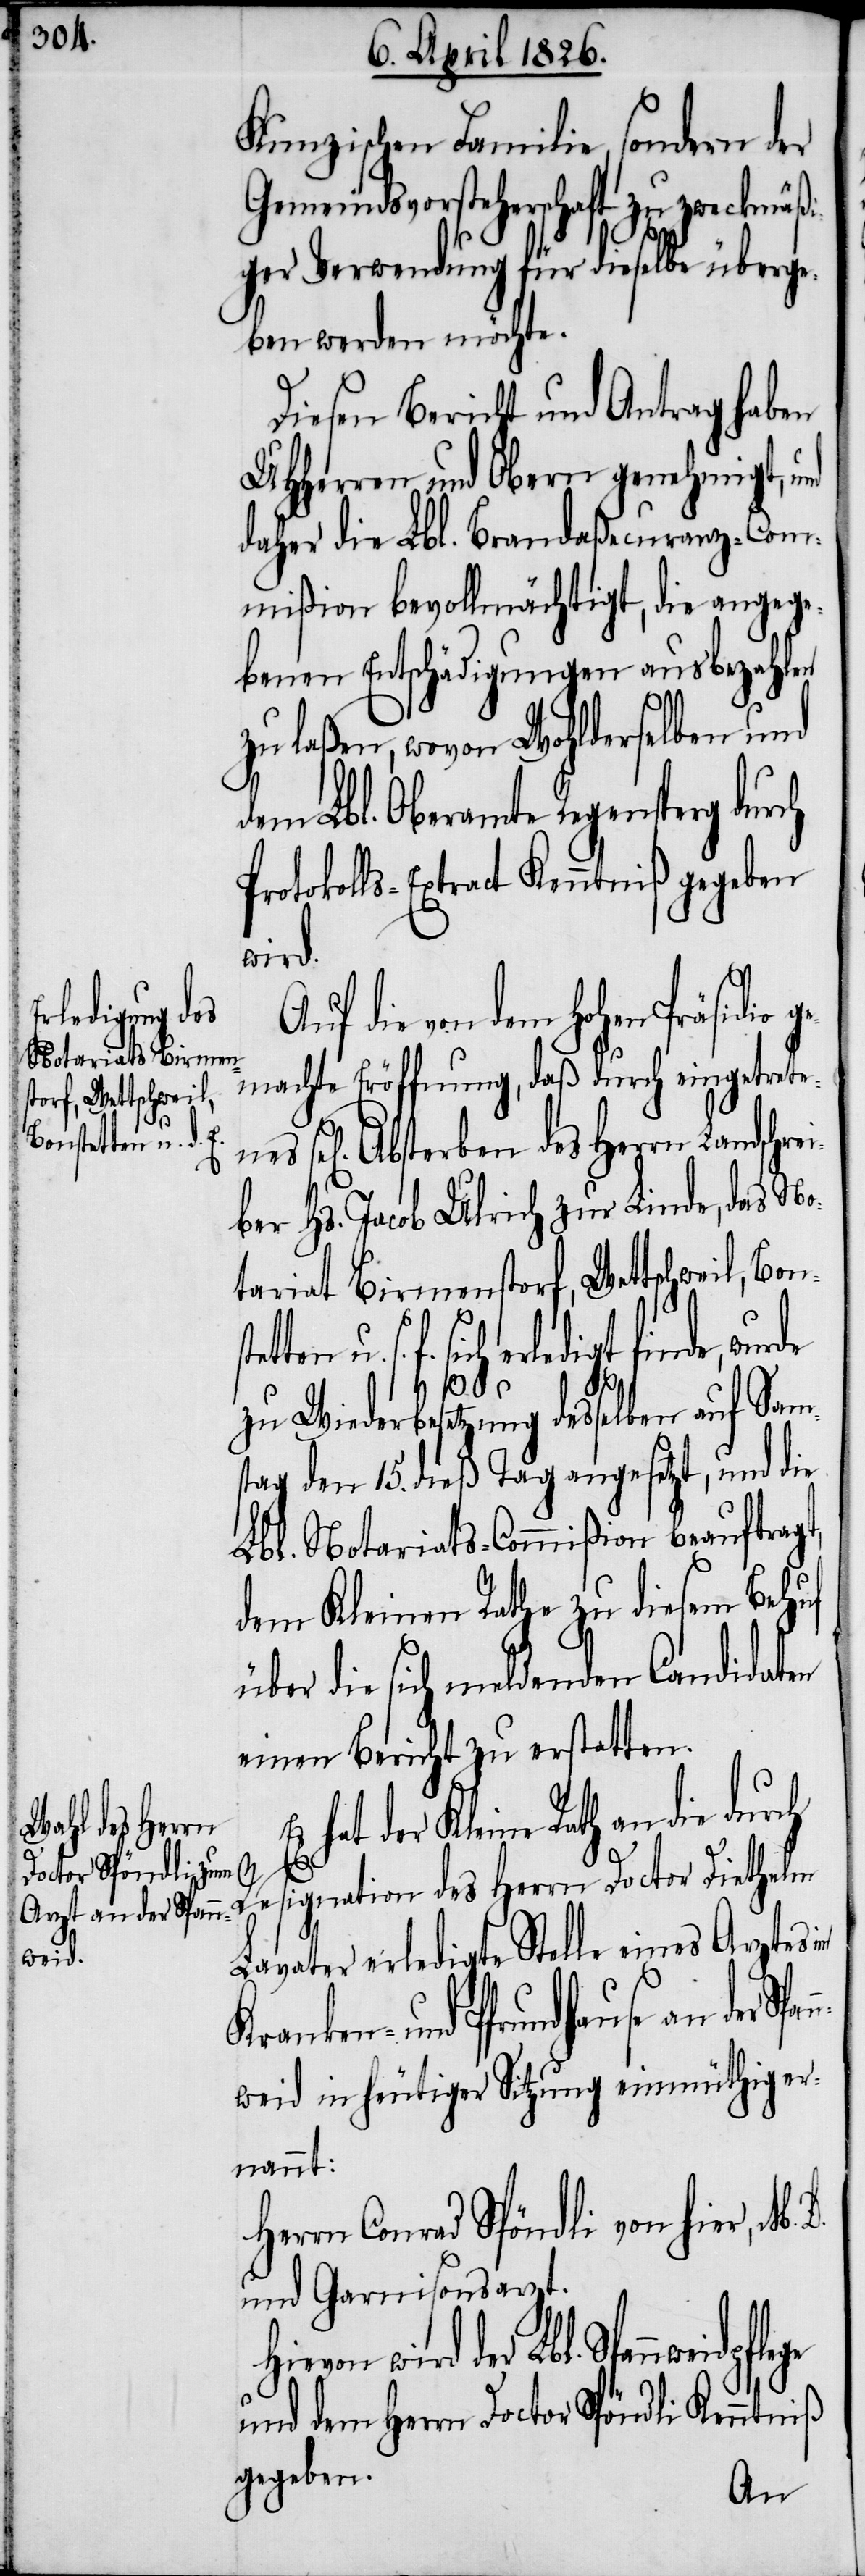
Kunzischen Familie, sondern der
Gemeindsvorsteherschaft zu zweckmäßi¬
ger Verwendung für dieselbe überge¬
ben werden möchte.
Diesen Bericht und Antrag haben
UHHerren und Obern genehmigt,
daher die Lbl. Brandaßecuranz-Com¬
mißion bevollmächtigt, die angege¬
benen Entschädigungen ausbezahlen
zu laßen, wovon Wohlderselben und
dem Lbl. Oberamte Regensperg
Protokolls-Extract Kenntniß gegeben
ei¬
Auf die von dem hohen Präsidio
otariat Birmens¬
gemachte Eröffnung, daß durch eingetrete¬
torf, Wettschweil,
Bonstetten u. s.
ges] Absterben des Herrn Landschr¬
ber Hs. Jacob Ulrich zur Linde, das N¬
zu Wiederbesetzung desselben auf Sams¬
tag den 15. dieß Tag angesetzt, und die
Lbl. Notariats-Commißion beauftragt,
dem Kleinen Rathe zu diesem Behuf
über die sich meldenden Candidaten
einen Bericht zu erstatten.
wird der Lbl. Spannweidpflege
Resignation des Herrn Doctor Diethelm
hause an der Spann¬
Lavater erledigte Stelle eines Arztes
weid in heutiger Sitzung einmüthig er¬
nannt:
Herrn Conrad Spöndli von hier, M.
und Garnisonsarzt.
und dem Herrn Doctor Spöndli Kenntniß
gegeben.